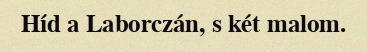
Híd a Laborczán, s két malom.